Maemoisa_(Sinalepa)_vallavalitsus, lk 35
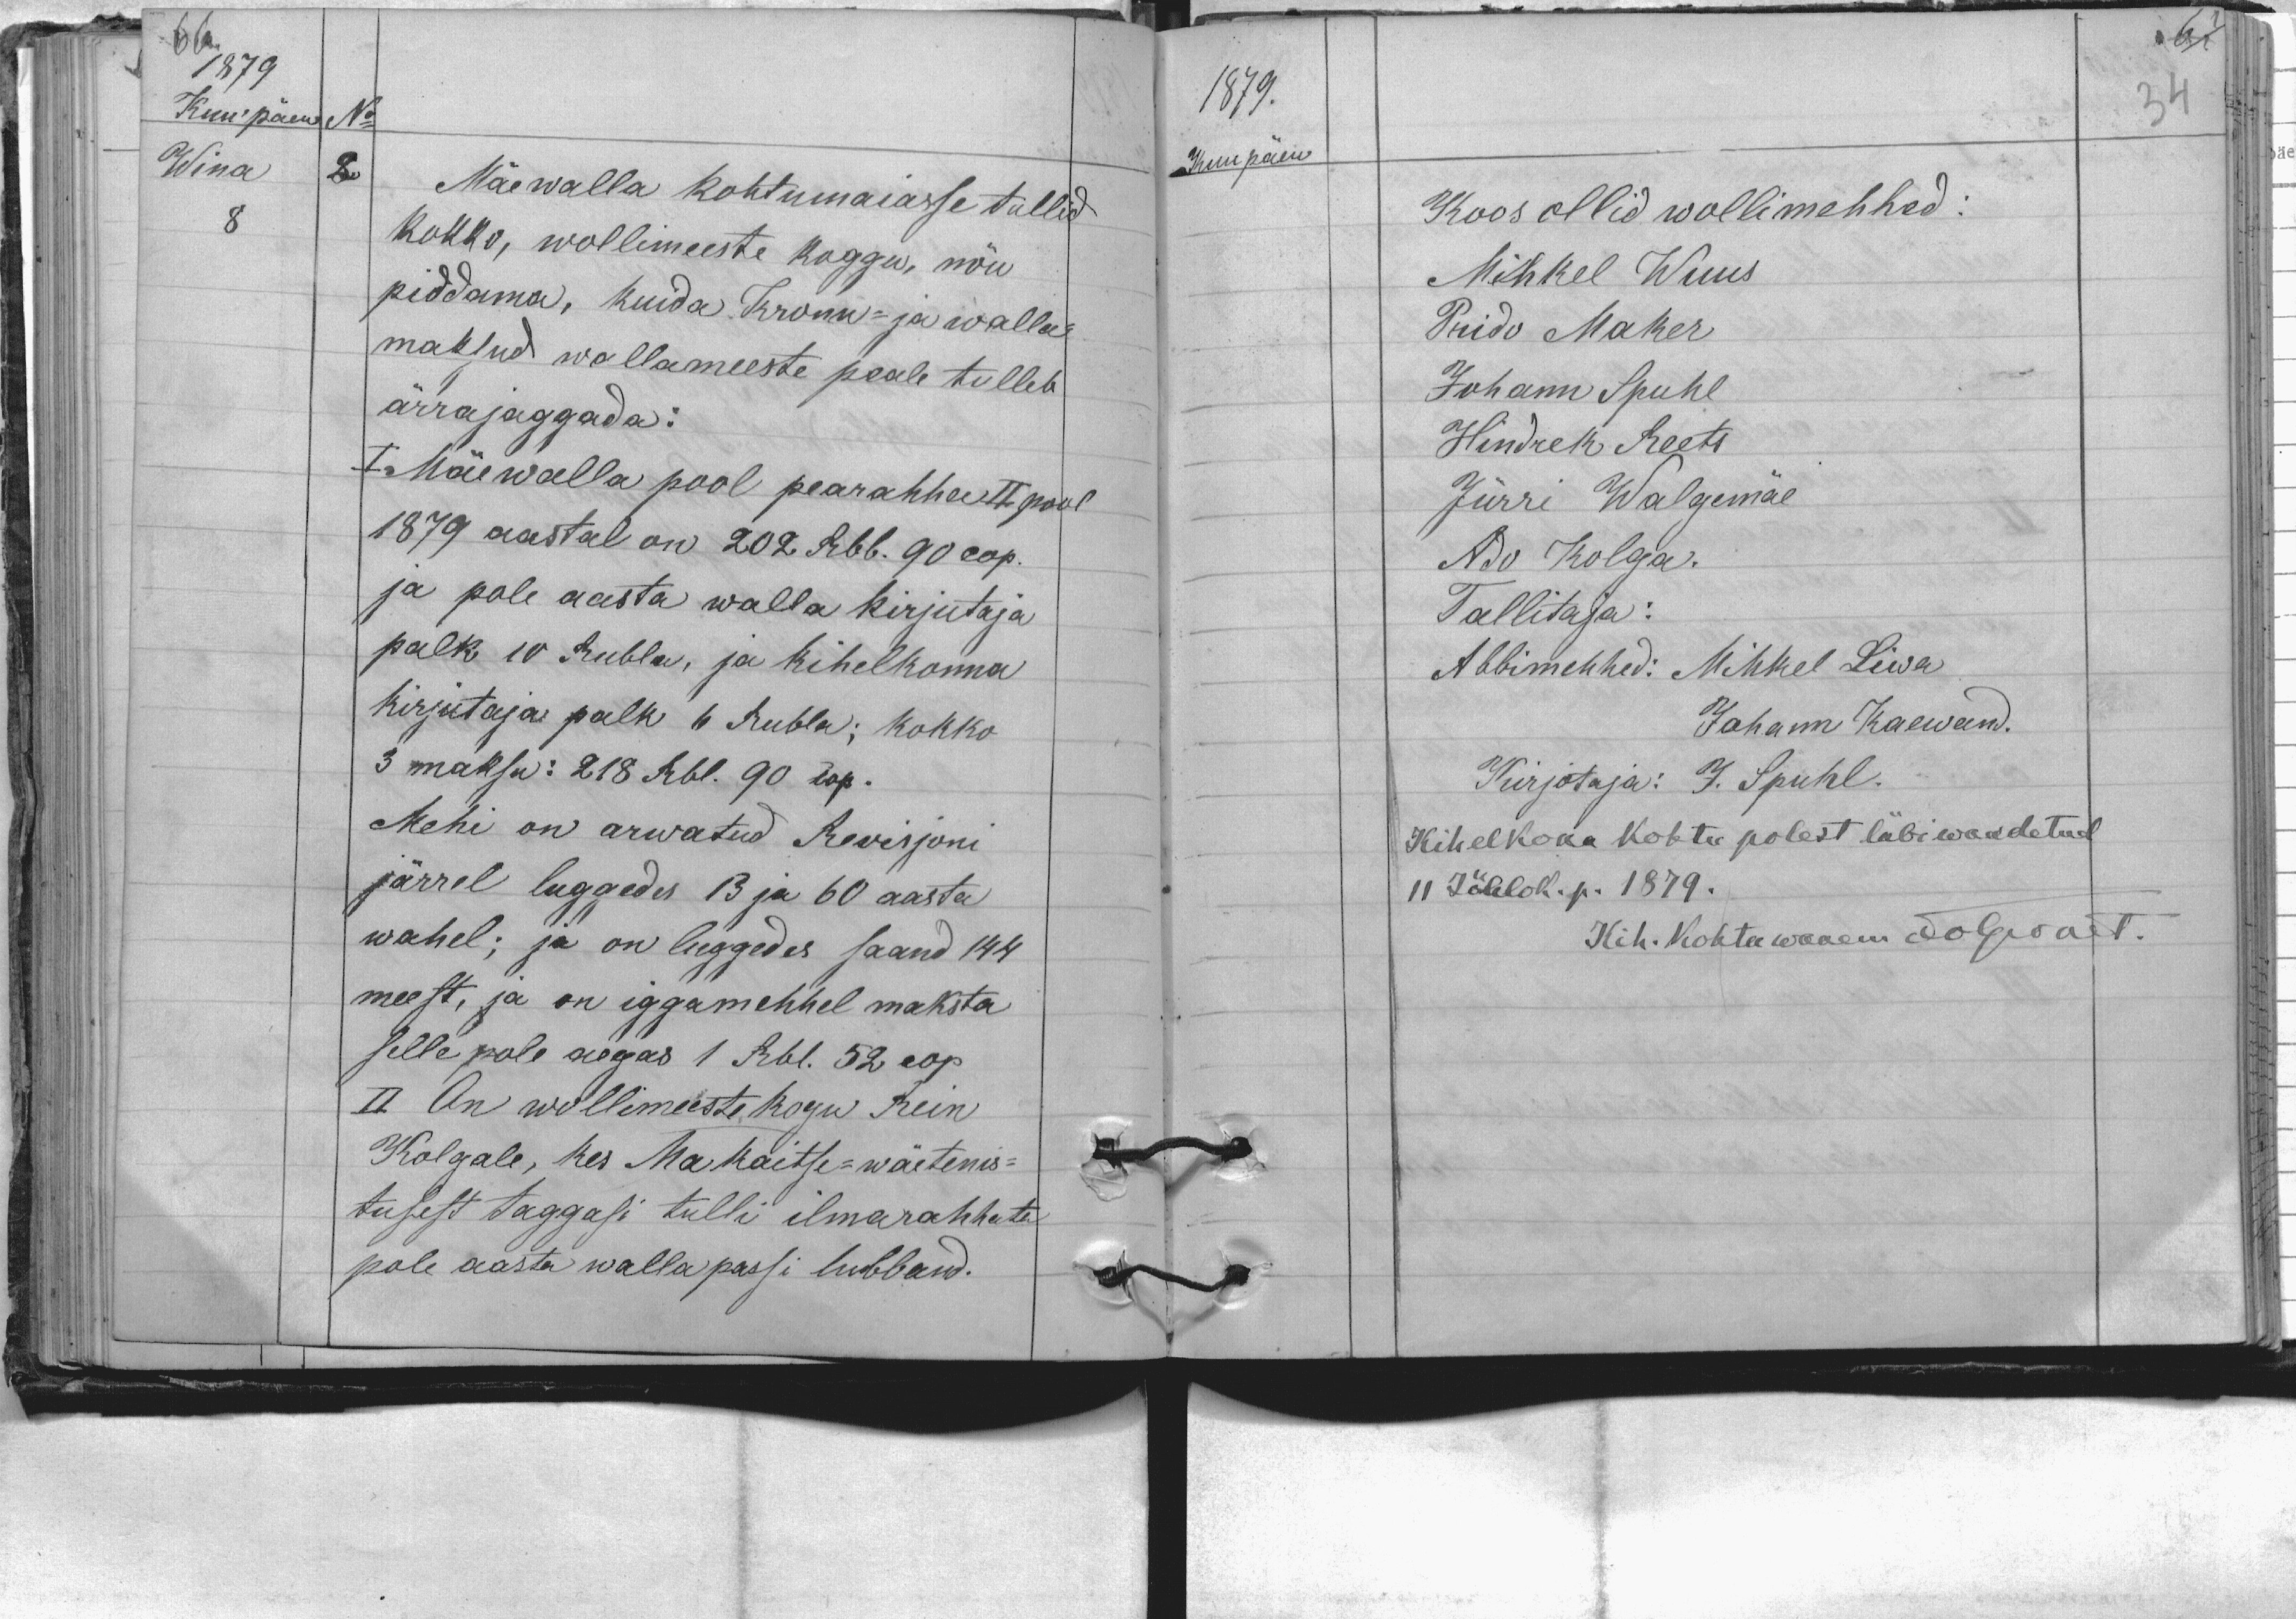
1879
Kuu päew
No
Wina
8
Mäe walla kohtumaiasse tullid
kokko, wollimeeste koggo, nõu
piddama, kuida Kronu- ja walla-
maksud wallameeste peale tulleb
ärrajaggada:
I. Mäewalla pool pearahha II pool
1879 aastal on 202 Rbl. 90 cop.
ja pole aasta walla kirjutaja
palk 10 rubla, ja kihelkonna
kirjutaja palk 6 Rubla; kokko
3 maksu: 218 Rbl. 90 cop.
Mehi on arwatud Rewisjoni
järrel lugedes 13 ja 60 aasta
wahel; ja on luggedes saand 144
meest, ja on iggamehhel maksta
selle pole aegas 1 Rbl. 52 cop.
II On wollimeeste kogu Rein
Kolgale, kes Ma kaitse-wäetenis-
tusest taggasi tulli ilmarahhata
pole aasta walla passi lubband.

1879.
Kuu päew
Koos ollid wollimehhed:
Mihkel Wuus
Prido Maker
Johann Spuhl
Hindrek Reets
Jürri Walgemäe
Ado Kolga.
Tallitaja:
Abbimehhed: Mihkel Liwa
Johann Kaewand
Kirjotaja: J. Spuhl.
Kihelkona kohtu polest läbiwaadetud
11 Jõulok. p. 1879.
Kih. kohtu wanem Jolguart.